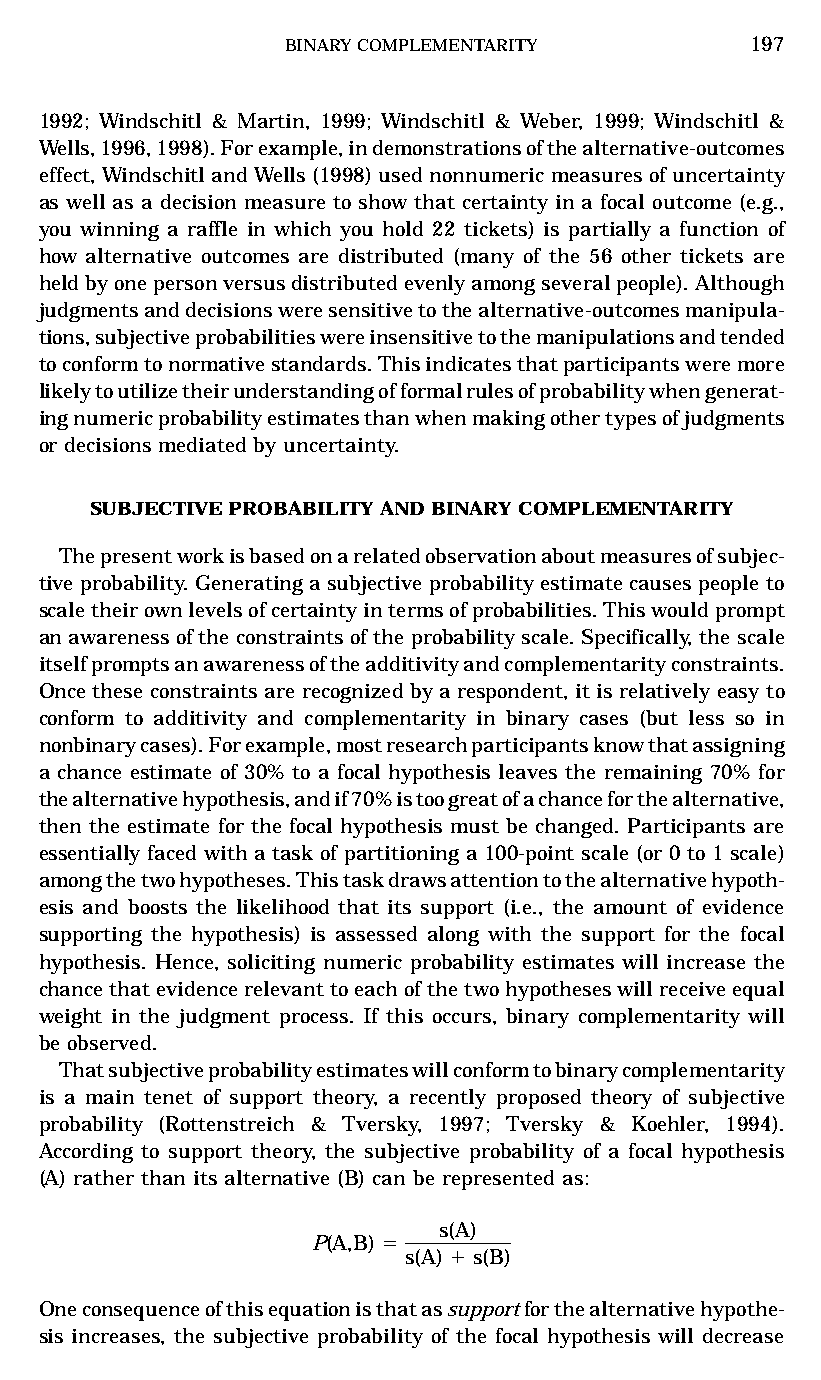
BINARYCOMPLEMENTARITY         197
 1992; Windschitl & Martin, 1999; Windschitl & Weber, 1999; Windschitl &
 Wells,1996,1998).Forexample,indemonstrationsofthealternative-outcomes
 effect, Windschitland Wells(1998) usednonnumeric measuresof uncertainty
 as well as a decision measure to show that certainty in a focal outcome (e.g.,
 you winning a raffle in which you hold 22 tickets) is partially a function of
 how alternative outcomes are distributed (many of the 56 other tickets are
 heldbyonepersonversusdistributedevenlyamongseveralpeople).Although
 judgmentsanddecisionsweresensitivetothealternative-outcomesmanipula-
 tions,subjectiveprobabilitieswereinsensitivetothemanipulationsandtended
 toconformtonormativestandards.Thisindicatesthatparticipantsweremore
 likelytoutilizetheirunderstandingofformalrulesofprobabilitywhengenerat-
 ingnumericprobabilityestimatesthanwhenmakingothertypesofjudgments
 or decisions mediated by uncertainty.
 SUBJECTIVEPROBABILITYANDBINARYCOMPLEMENTARITY
 Thepresentworkisbasedonarelatedobservationaboutmeasuresofsubjec-
 tiveprobability.Generatingasubjectiveprobabilityestimatecausespeopleto
 scaletheirownlevelsofcertaintyintermsofprobabilities.Thiswouldprompt
 anawarenessoftheconstraintsoftheprobabilityscale.Specifically,thescale
 itselfpromptsanawarenessoftheadditivityandcomplementarityconstraints.
 Once theseconstraints are recognized bya respondent, it isrelatively easy to
 conform to additivity and complementarity in binary cases (but less so in
 nonbinarycases).Forexample,mostresearchparticipantsknowthatassigning
 a chance estimate of 30% to a focal hypothesis leaves the remaining 70% for
 thealternativehypothesis,andif70%istoogreatofachanceforthealternative,
 then the estimate for the focal hypothesis must be changed. Participants are
 essentially faced with a task of partitioning a 100-point scale (or 0 to 1 scale)
 amongthetwohypotheses.Thistaskdrawsattentiontothealternativehypoth-
 esis and boosts the likelihood that its support (i.e., the amount of evidence
 supporting the hypothesis) is assessed along with the support for the focal
 hypothesis. Hence, soliciting numeric probability estimates will increase the
 chancethatevidencerelevanttoeachofthetwohypotheseswillreceiveequal
 weight in the judgment process. If this occurs, binary complementarity will
 be observed.
 Thatsubjectiveprobabilityestimateswillconformtobinarycomplementarity
 is a main tenet of support theory, a recently proposed theory of subjective
 probability (Rottenstreich & Tversky, 1997; Tversky & Koehler, 1994).
 According to support theory, the subjective probability of a focal hypothesis
 (A) rather than its alternative (B) can be represented as:
 s(A)
 P(A,B)5
 s(A)1s(B)
 Oneconsequenceofthisequationisthatassupportforthealternativehypothe-
 sis increases, the subjective probability of the focal hypothesis will decrease